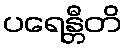
ပရေန္တီတိ